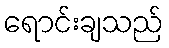
ရောင်းချသည်